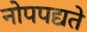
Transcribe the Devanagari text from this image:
नोपपद्यते